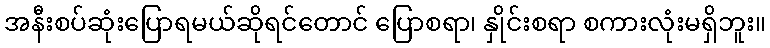
အနီးစပ်ဆုံးပြောရမယ်ဆိုရင်တောင် ပြောစရာ၊ နှိုင်းစရာ စကားလုံးမရှိဘူး။